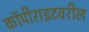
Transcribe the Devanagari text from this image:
कॉपीराइटवरील